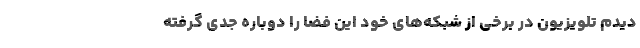
دیدم تلویزیون در برخی از شبکه‌های خود این فضا را دوباره جدّی گرفته